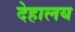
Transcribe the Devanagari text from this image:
देहालय